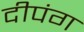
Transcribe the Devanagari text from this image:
दीपंग